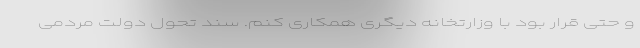
و حتی قرار بود با وزارتخانه دیگری همکاری کنم. سند تحول دولت مردمی